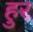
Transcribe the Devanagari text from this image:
हुर